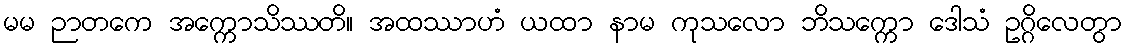
မမ ဉာတကေ အက္ကောသိဿတိ။ အထဿာဟံ ယထာ နာမ ကုသလော ဘိသက္ကော ဒေါသံ ဥဂ္ဂိလေတွာ